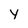
Character: y